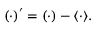
\left( \cdot \right) ^ { \prime } = \left( \cdot \right) - \langle \cdot \rangle .